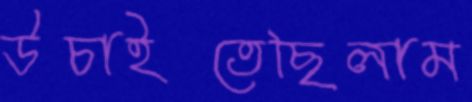
উচাইতেছিলাম